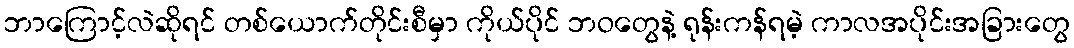
ဘာကြောင့်လဲဆိုရင် တစ်ယောက်တိုင်းစီမှာ ကိုယ်ပိုင် ဘဝတွေနဲ့ ရုန်းကန်ရမဲ့ ကာလအပိုင်းအခြားတွေ